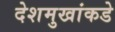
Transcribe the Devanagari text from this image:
देशमुखांकडे